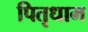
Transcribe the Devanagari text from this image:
पितृधाम